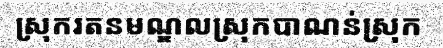
ស្រុករតនមណ្ឌលស្រុកបាណន់ស្រុក